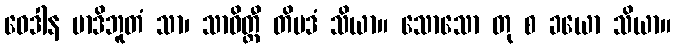
ဝေဒါန မာဒိဘူတံ သာ၊ သာဝိတ္တီ တိပဒံ သိယာ။ သောသော တု စ ခယော သိယာ။